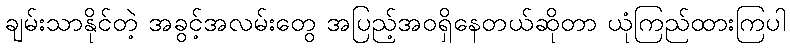
ချမ်းသာနိုင်တဲ့ အခွင့်အလမ်းတွေ အပြည့်အဝရှိနေတယ်ဆိုတာ ယုံကြည်ထားကြပါ